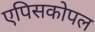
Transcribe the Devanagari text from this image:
एपिसकोपल